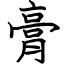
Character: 膏